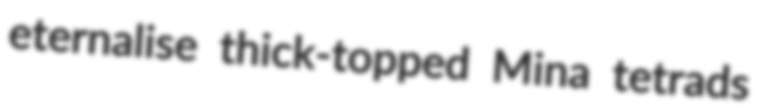
eternalise thick-topped Mina tetrads